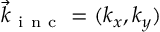
\vec { k } _ { \mathrm { ~ i ~ n ~ c ~ } } = ( k _ { x } , k _ { y } )